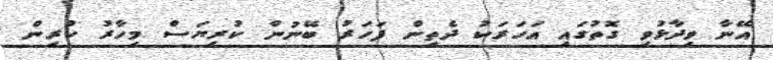
އޭނާ ވިދާޅުވި ގޮތުގައި އަހަރަކު ދެތިން ފަހަރު ބޭނުން ކުރިޔަސް މިހާރު ކުރިން